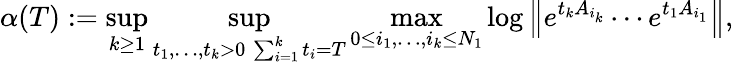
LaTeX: \alpha(T):=\operatorname*{sup}_{k\geq 1}\operatorname*{sup}_{\substack{t_{1},\ldots,t_{k}>0\, \sum_{i=1}^{k}t_{i}=T}}\operatorname*{max}_{0\leq i_{1},\ldots,i_{k}\leq N_{1}}\log\left\| e^{t_{k}A_{i_{k}}}\cdots e^{t_{1}A_{i_{1}}}\right\| ,